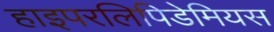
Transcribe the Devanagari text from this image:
हाइपरलिपिडेमियस